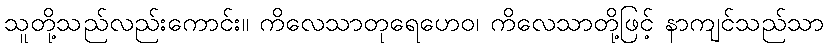
သူတို့သည်လည်းကောင်း။ ကိလေသာတုရေဟေဝ၊ ကိလေသာတို့ဖြင့် နာကျင်သည်သာ